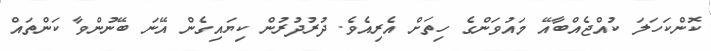
ކޮންކަހަލަ ކުއްޖެއްބާއޭ މައުވަންގެ ހިތަށް އެރިއެވެ. ދުރުދުރުން ކިޔައިގެން އޭނަ ބޭނުންވާ ކަންތައް